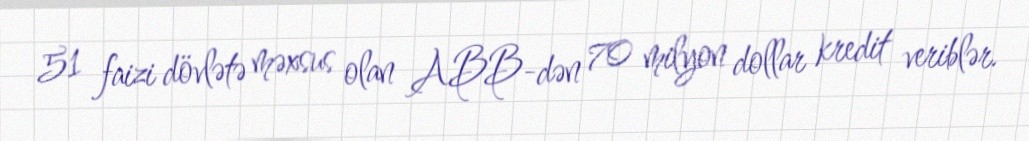
51 faizi dövlətə məxsus olan ABB-dən 70 milyon dollar kredit veriblər.